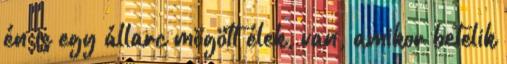
én is egy állarc mögött élek, van, amikor betelik